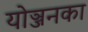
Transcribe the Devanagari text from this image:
योञ्जनका